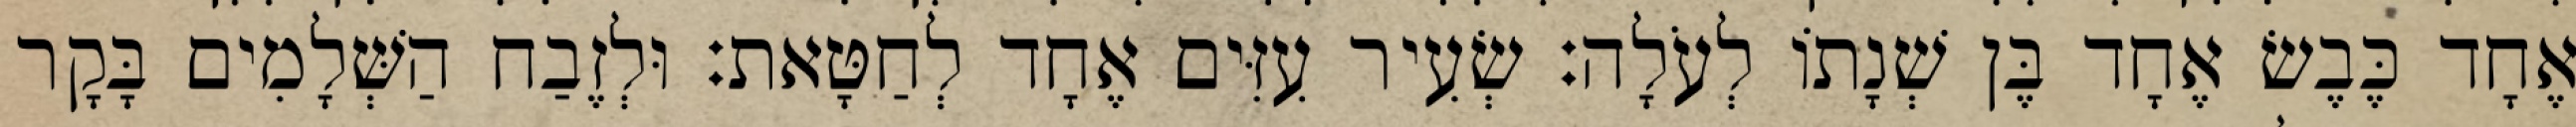
אֶחָד כֶּבֶשׂ אֶחָד בֶּן שְׁנָתוֹ לְעֹלָה׃ שְׂעִיר עִזִּים אֶחָד לְחַטָּאת׃ וּלְזֶבַח הַשְּׁלָמִים בָּקָר